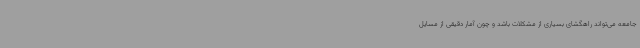
جامعه می‌تواند راهگشای بسیاری از مشکلات باشد و چون آمار دقیقی از مسایل